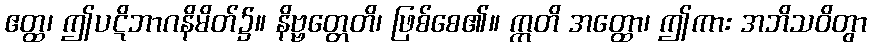
ဧတ္ထ၊ ဤပဋိဘာဂနိမိတ်၌။ နိဗ္ဗတ္တေတိ၊ ဖြစ်စေ၏။ ဣတိ အတ္ထော၊ ဤကား အဘိသဝိတွာ